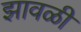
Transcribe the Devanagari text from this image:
झावळी